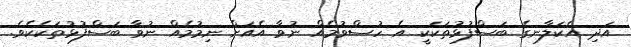
އަދި އެކަލާނގެ ބަސްފުޅުތަކަކީ އެ ހުސްވުމެއް ނުވާ އެއަށް ނިމުމެއް ނުވާ ބަސްފުޅުތަކެކެވެ.